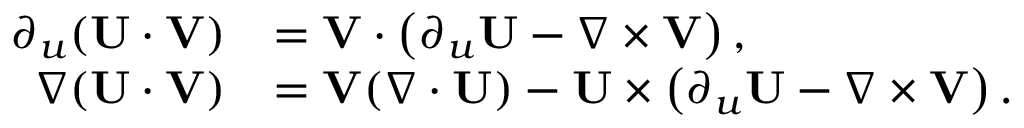
\begin{array} { r l } { \partial _ { u } ( \mathbf { U } \cdot \mathbf { V } ) } & { = \mathbf { V } \cdot \left( \partial _ { u } \mathbf { U } - \nabla \times \mathbf { V } \right) , } \\ { \nabla ( \mathbf { U } \cdot \mathbf { V } ) } & { = \mathbf { V } ( \nabla \cdot \mathbf { U } ) - \mathbf { U } \times \left( \partial _ { u } \mathbf { U } - \nabla \times \mathbf { V } \right) . } \end{array}